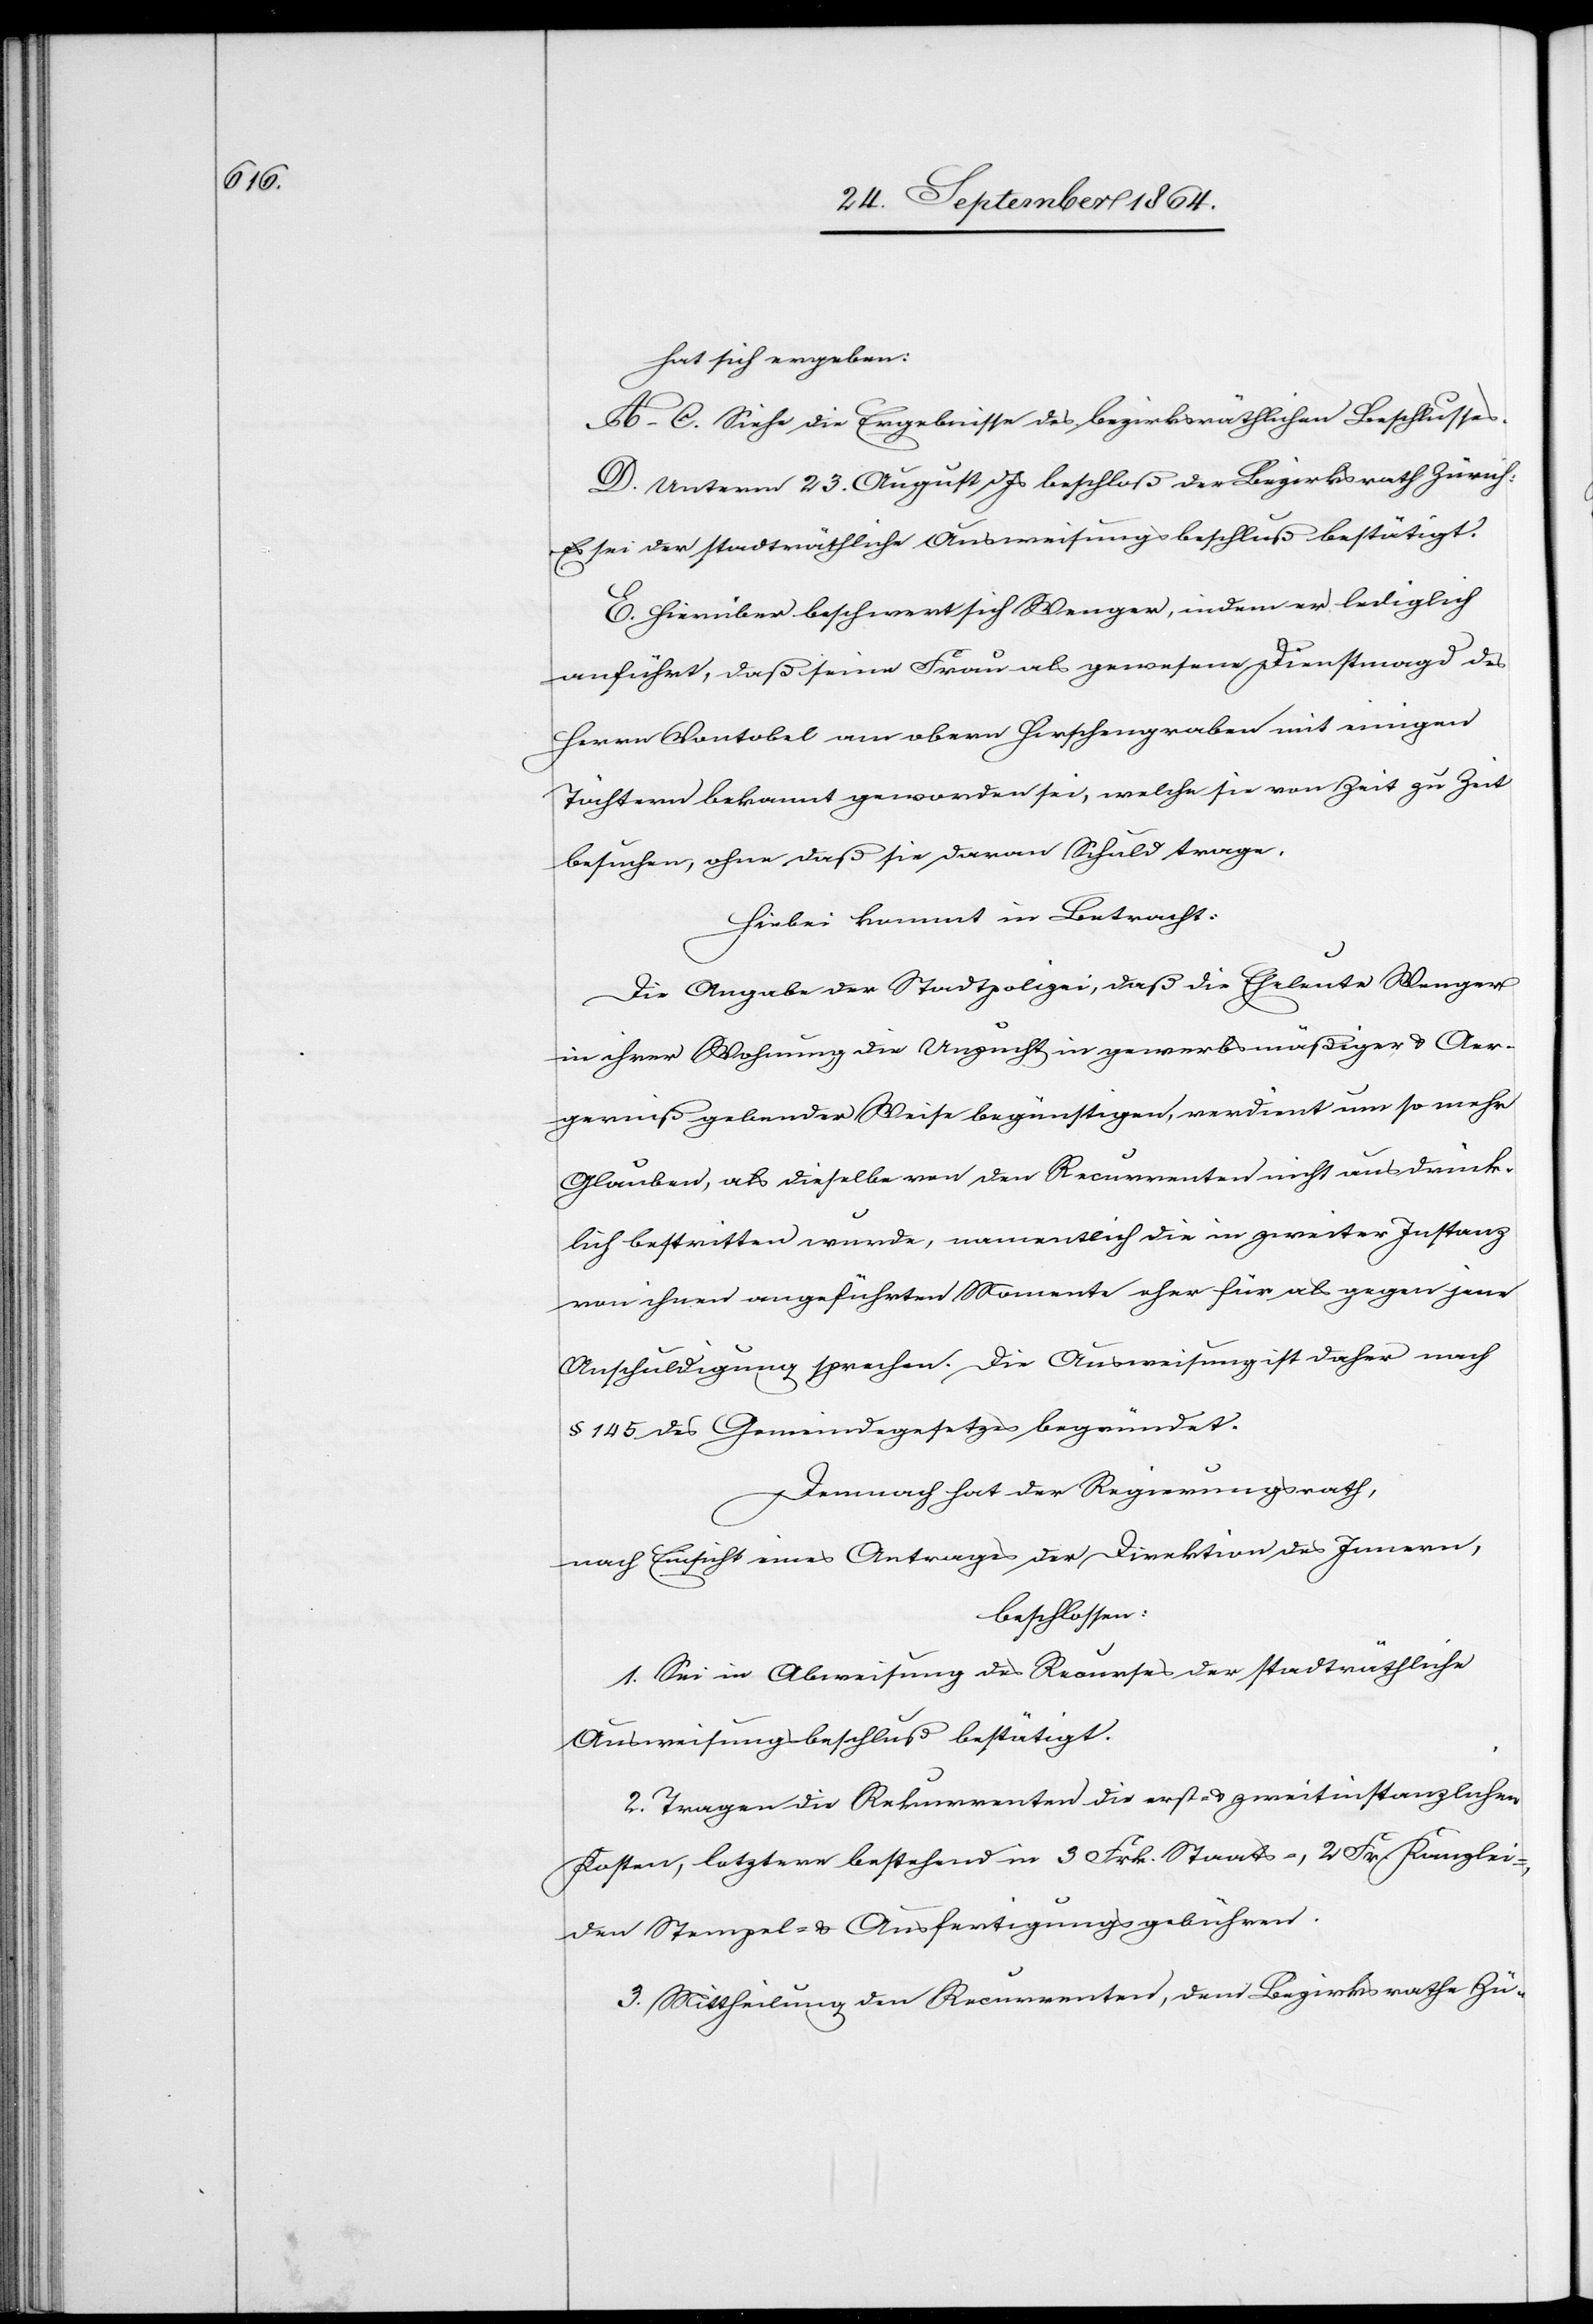
hat sich ergeben:
A.–C. Sieht die Ergebnisse des bezirksräthlichen Beschlusses.
D. Unterm 23. August d. Js beschloß der Bezirksrath Zürich:
Es sei der stadträthliche Ausweisungsbeschluß bestätigt.
E. Hierüber beschwert sich Wenger, indem er lediglich
anführt, daß seine Frau als gewesene Dienstmagd des
Herrn Vontobel am obern Hirschengraben mit einigen
Töchtern bekannt geworden sei, welche sie von Zeit zu Zeit
besuchen, ohne daß sie daran Schuld trage.
Hiebei kommt in Betracht:
Die Angabe der Stadtpolizei, daß die Eheleute Wenger
in ihrer Wohnung die Unzucht in gewerbsmäßiger & Aer¬
gerniß gebender Weise begünstigen, verdient um so mehr
Glaube, als dieselbe von dem Recurrenten nicht ausdrück¬
lich bestritten wurde, namentlich die in zweiter Instanz
von ihnen angeführten Momente eher für als gegen jene
Anschuldigung sprechen. Die Ausweisung ist daher nach
§ 145 des Gemeindegesetzes begründet.
Demnach hat der Regierungsrath,
nach Einsicht eines Antrages der Direktion des Innern,
beschlossen:
1. Sei in Abweisung des Recurses der stadträthliche
Ausweisungsbeschluß bestätigt.
2. Tragen die Rekurrenten die erst- & zweitinstanzlichen
Kosten, letztere bestehend in 3 Frk. Staats-, 2 Fr. Kanzlei-,
den Stempel- & Ausfertigungsgebühren.
3. Mittheilung den Recurrenten, dem Bezirksrathe Zü-